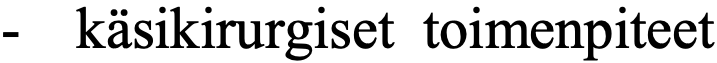
-  käsikirurgiset toimenpiteet